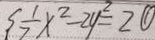
\frac { 1 } { 7 } x ^ { 2 } - 2 y ^ { 2 } = 2 \textcircled { 1 }